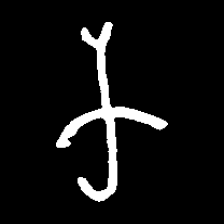
Pyu character \u2014 Myanmar letter: က (romanized: ka)